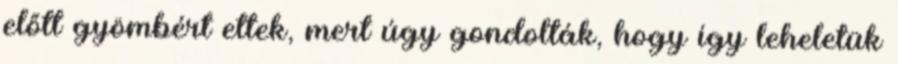
előtt gyömbért ettek, mert úgy gondolták, hogy így leheletük